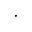
\cdot